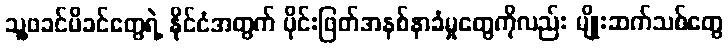
သူ့ဖခင်မိခင်တွေရဲ့ နိုင်ငံအတွက် ပိုင်းဖြတ်အနစ်နာခံမှုတွေကိုလည်း မျိုးဆက်သစ်တွေ